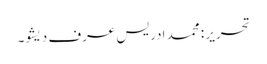
تحریر : محمد ادریس عرف دیشو۔